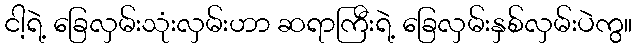
ငါ့ရဲ့ ခြေလှမ်းသုံးလှမ်းဟာ ဆရာကြီးရဲ့ ခြေလှမ်းနှစ်လှမ်းပဲကွ။